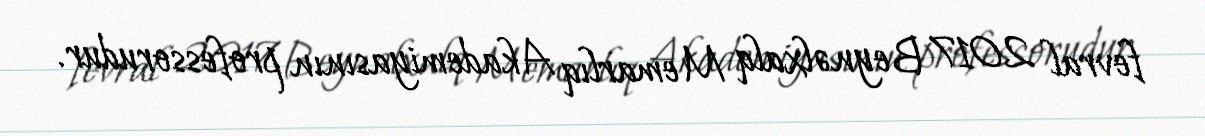
fevral 2017 Beynəlxalq Memarlıq Akademiyasının professorudur.